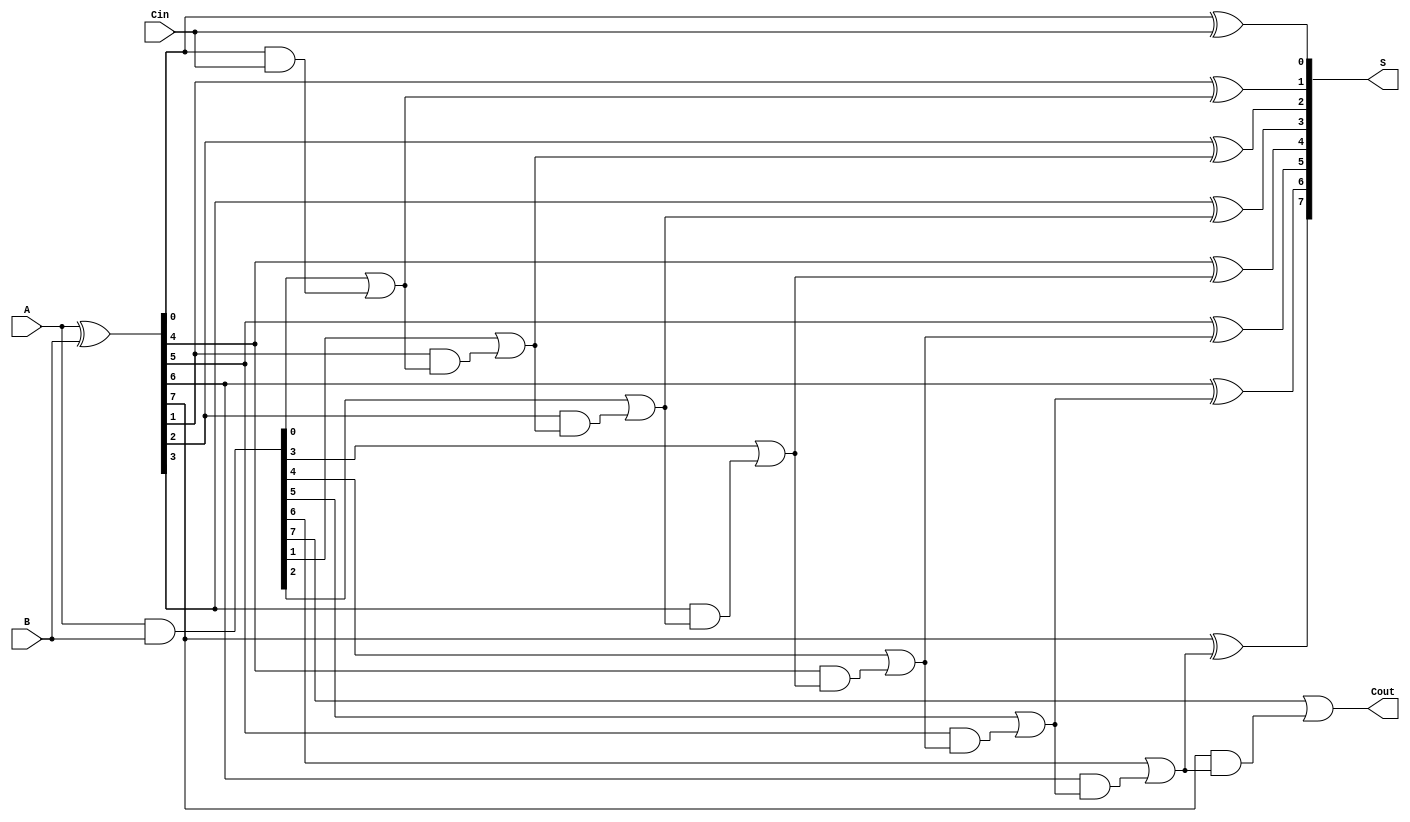
module SklanskyAdder #(parameter N = 8) (
    input  wire [N-1:0] A,     // First n-bit input
    input  wire [N-1:0] B,     // Second n-bit input
    input  wire Cin,            // Carry-in
    output wire [N-1:0] S,      // n-bit sum output
    output wire Cout            // Carry-out
);

    // Generate and Propagate signals
    wire [N-1:0] G; // Generate
    wire [N-1:0] P; // Propagate
    wire [N:0] C;   // Carry signals

    // Generate and Propagate calculations
    assign G = A & B;         // Generate
    assign P = A ^ B;         // Propagate

    // Carry calculations
    assign C[0] = Cin; // Initial carry

    // Carry computation using Sklansky's carry tree
    genvar i, j;
    generate
        for (i = 0; i < N; i = i + 1) begin : carry_tree
            if (i == 0) begin
                assign C[i + 1] = G[i] | (P[i] & C[0]);
            end else begin
                assign C[i + 1] = G[i] | (P[i] & C[i]);
            end
        end
    endgenerate

    // Sum calculation
    generate
        for (j = 0; j < N; j = j + 1) begin : sum_calc
            assign S[j] = P[j] ^ C[j];
        end
    endgenerate

    // Final carry out
    assign Cout = C[N];

endmodule